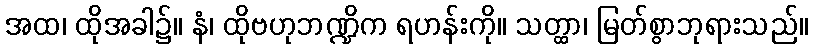
အထ၊ ထိုအခါ၌။ နံ၊ ထိုဗဟုဘဏ္ဍိက ရဟန်းကို။ သတ္ထာ၊ မြတ်စွာဘုရားသည်။